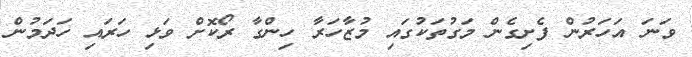
ވަނަ އަހަރުން ފެށިގެން މަގުތަކުގައި މުޒާހަރާ ހިންގާ ރޯކޮށް ވަޅި ހަރައި ހަދަމުން